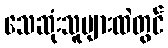
သေဆုံးသူများထဲတွင်